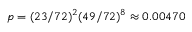
p = ( 2 3 / 7 2 ) ^ { 2 } ( 4 9 / 7 2 ) ^ { 8 } \approx 0 . 0 0 4 7 0